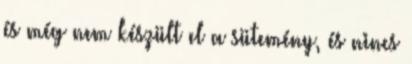
és még nem készült el a sütemény, és nincs